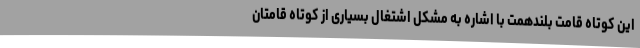
این کوتاه قامت بلندهمت با اشاره به مشکل اشتغال بسیاری از کوتاه قامتان